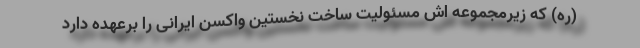
(ره) که زیرمجموعه اش مسئولیت ساخت نخستین واکسن ایرانی را برعهده دارد